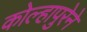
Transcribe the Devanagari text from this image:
कोल्हापुरेने